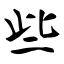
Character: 些